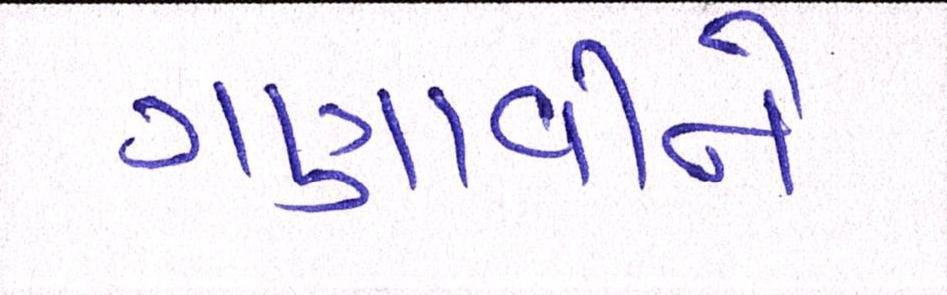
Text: ગણાવીને